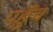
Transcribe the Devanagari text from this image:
पहुॅंच